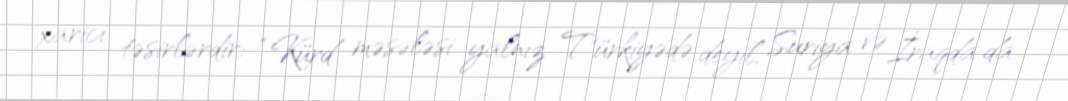
xarici təsirlərdir: “Kürd məsələsi yalnız Türkiyədə deyil, Suriya və İraqda da